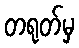
တရုတ်မှ